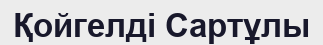
Қойгелді Сартұлы